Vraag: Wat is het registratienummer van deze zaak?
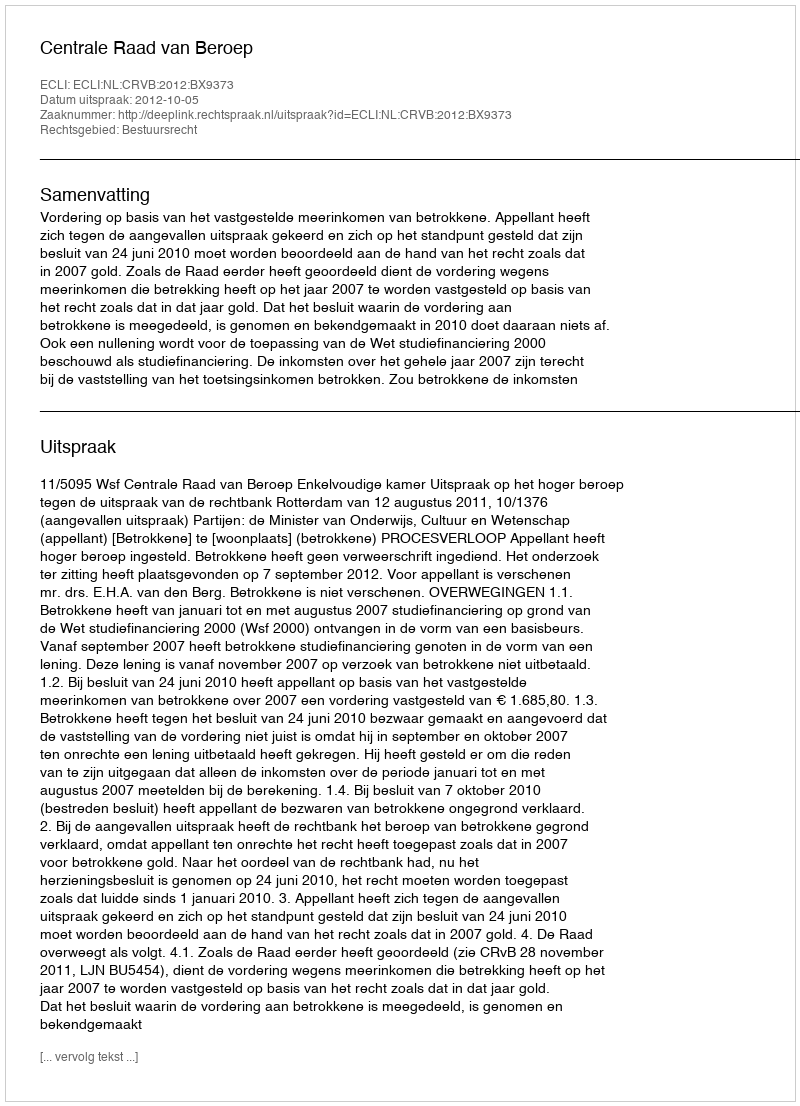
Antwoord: http://deeplink.rechtspraak.nl/uitspraak?id=ECLI:NL:CRVB:2012:BX9373